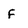
Character: F